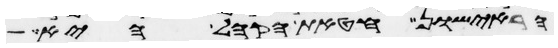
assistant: הראישון חטאת הקהל היא